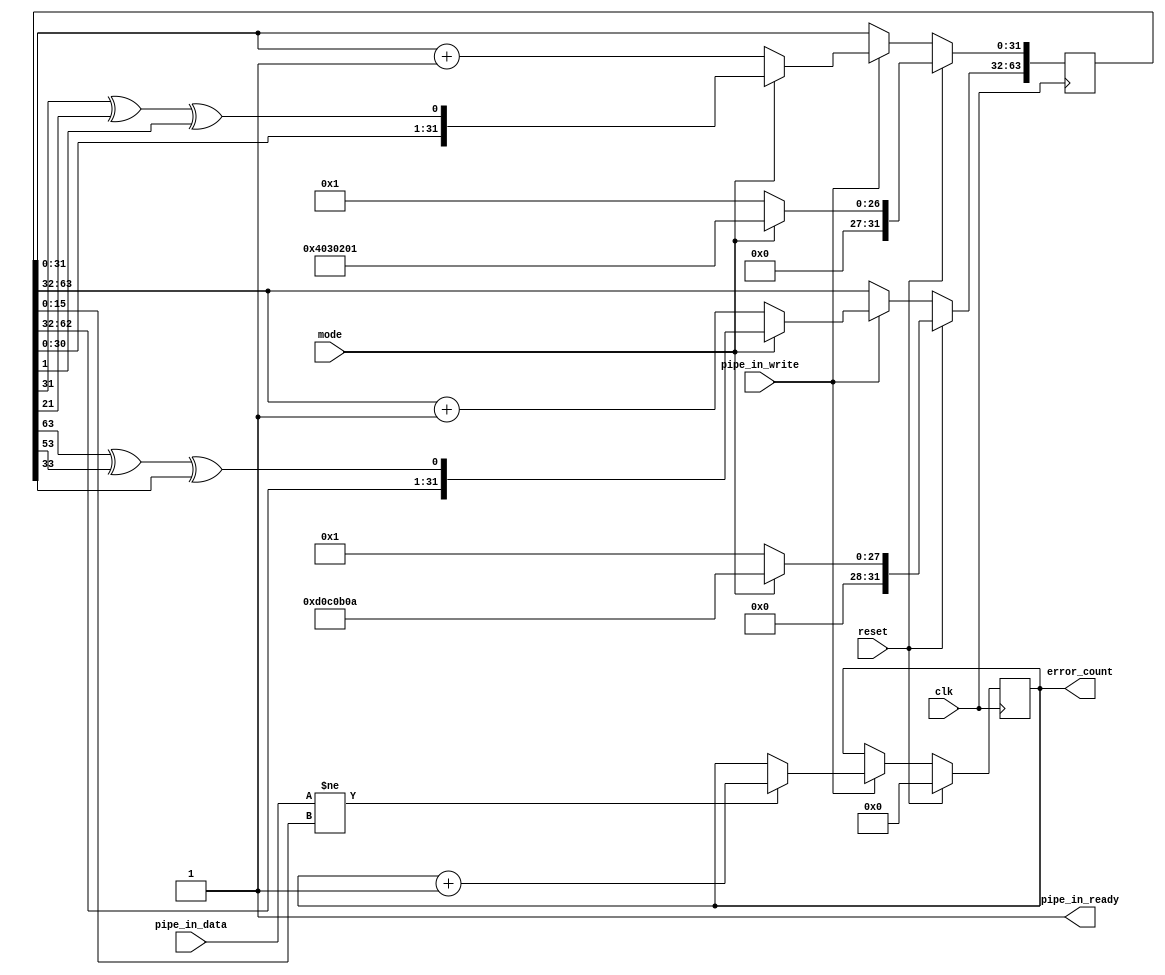
//------------------------------------------------------------------------
// pipe_in_check.v
//
// Received data and checks against pseudorandom sequence for Pipe In.
//
// Copyright (c) 2005-2010  Opal Kelly Incorporated
// $Rev$ $Date$
//------------------------------------------------------------------------
`timescale 1ns / 1ps
`default_nettype none

module pipe_in_check(
	input  wire            clk,
	input  wire            reset,
	input  wire            pipe_in_write,
	input  wire [15:0]     pipe_in_data,
	output wire            pipe_in_ready,
	input  wire            mode,               // 0=Count, 1=LFSR
	output reg  [31:0]     error_count
	);

reg  [63:0]  lfsr;

assign pipe_in_ready = 1'b1;


//------------------------------------------------------------------------
// LFSR mode signals
//
// 32-bit: x^32 + x^22 + x^2 + 1
// lfsr_out_reg[0] <= r[31] ^ r[21] ^ r[1]
//------------------------------------------------------------------------
reg [31:0] temp;
always @(posedge clk) begin
	if (reset == 1'b1) begin
		error_count <= 0;
		
		if (mode == 1'b1) begin
			lfsr  <= 64'h0D0C0B0A04030201;
		end else begin
			lfsr  <= 64'h0000000100000001;
		end
	end else begin
		
		// Check incoming data for validity
		if (pipe_in_write == 1'b1) begin
			if (pipe_in_data[15:0] != lfsr[15:0]) begin
				error_count <= error_count + 1'b1;
			end
		end

		// Cycle the LFSR
		if (pipe_in_write == 1'b1) begin
			if (mode == 1'b1) begin
				temp = lfsr[31:0];
				lfsr[31:0]  <= {temp[30:0], temp[31] ^ temp[21] ^ temp[1]};
				temp = lfsr[63:32];
				lfsr[63:32] <= {temp[30:0], temp[31] ^ temp[21] ^ temp[1]};
			end else begin
				lfsr[31:0]  <= lfsr[31:0]  + 1'b1;
				lfsr[63:32] <= lfsr[63:32] + 1'b1;
			end
		end
	end
end

endmodule